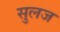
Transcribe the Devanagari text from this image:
सुलज